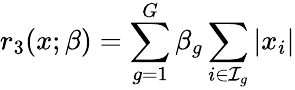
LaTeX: r_{3}(x;\beta)=\sum_{g=1}^{G}\beta_{g}\sum_{i\in\mathcal{I}_{g}}|x_{i}|